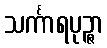
သင်္ကာရပုဉ္ဇာ